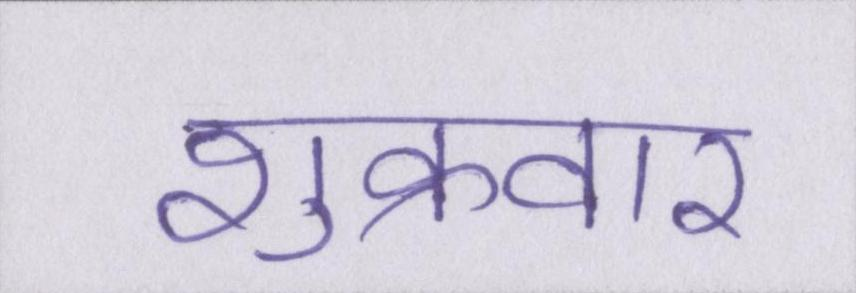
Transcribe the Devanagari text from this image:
शुक्रवार